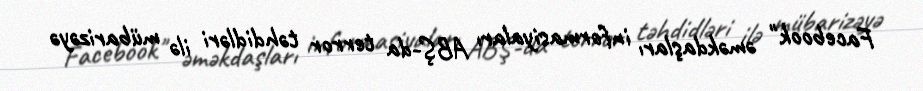
Facebook" əməkdaşları informasiyaları ABŞ-da terror təhdidləri ilə mübarizəyə